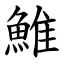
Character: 䱦